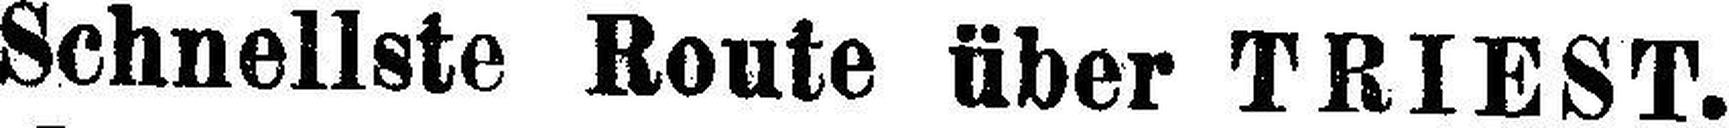
Schnellste Route über TRIEST.